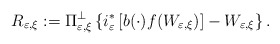
\begin{align*}R_{\varepsilon,\xi}:=\Pi_{\varepsilon,\xi}^{\bot}\left\{ i_{\varepsilon}^{\ast}\left[ b(\cdot)f(W_{\varepsilon,\xi})\right] -W_{\varepsilon,\xi}\right\} .\end{align*}